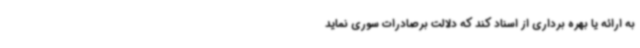
به ارائه یا بهره برداری از اسناد کند که دلالت برصادرات سوری نماید